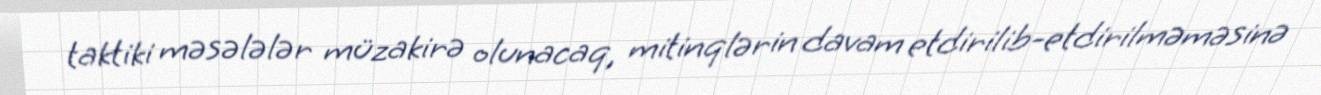
taktiki məsələlər müzakirə olunacaq, mitinqlərin davam etdirilib-etdirilməməsinə